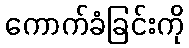
ကောက်ခံခြင်းကို